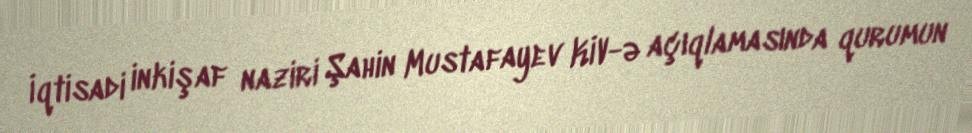
İqtisadi inkişaf naziri Şahin Mustafayev KİV-ə açıqlamasında qurumun